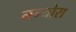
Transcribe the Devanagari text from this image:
नन्योरा